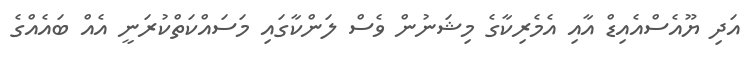
އަދި ޔޫއެސްއެއިޑް އާއި އެމެރިކާގެ މިޝަނުން ވެސް ލަންކާގައި މަސައްކަތްކުރަނީ އެއް ބައެއްގެ